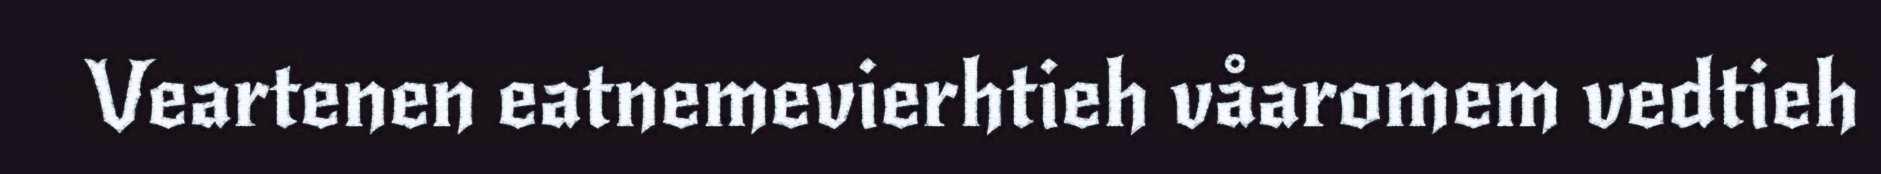
Veartenen eatnemevierhtieh våaromem vedtieh